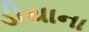
ડીયાના